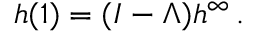
h ( 1 ) = ( I - \Lambda ) h ^ { \infty } \, .